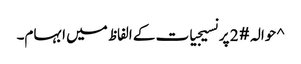
^ حوالہ #2 پر نسیجیات کے الفاظ میں ابہام۔